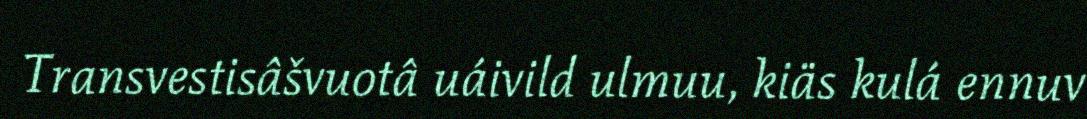
Transvestisâšvuotâ uáivild ulmuu, kiäs kulá ennuv